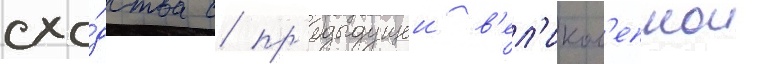
схо́дства с пр'едыдущеи в'ел'икол'епнои